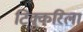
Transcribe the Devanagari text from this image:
टिक्कुरिला